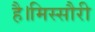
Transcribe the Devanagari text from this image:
है।मिस्सौरी